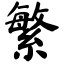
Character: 繁